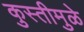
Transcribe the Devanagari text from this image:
कुस्तीमुळे